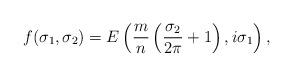
LaTeX: \begin{align*}f(\sigma_1,\sigma_2) = E \left( \frac{m}{n}\left(\frac{\sigma_2}{2\pi}+1\right), i \sigma_1 \right),\end{align*}